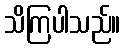
သိကြပါသည်။